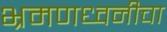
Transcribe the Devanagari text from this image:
भ्रमणध्वनीचा